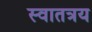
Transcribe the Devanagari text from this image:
स्वातत्रय